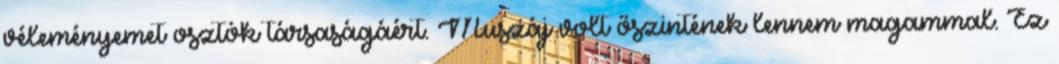
véleményemet osztók társaságáért. Muszáj volt őszintének lennem magammal. Ez